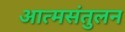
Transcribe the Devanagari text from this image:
आत्मसंतुलन